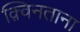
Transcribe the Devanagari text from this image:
क़्विनताना